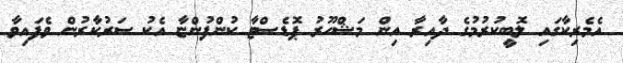
އެމެރިކާގައި ލޮބީކުރުމުގެ ދާއިރާ އިން މަޝްހޫރު ޕޮޑެސްޓާ ކުންފުންޏާ އެކު ސަރުކާރުން ވެފައިވާ